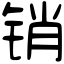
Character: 销